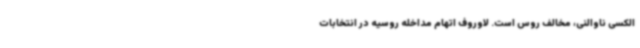
الکسی ناوالنی، مخالف روس است. لاوروف اتهام مداخله روسیه در انتخابات